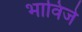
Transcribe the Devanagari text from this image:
भाविजे